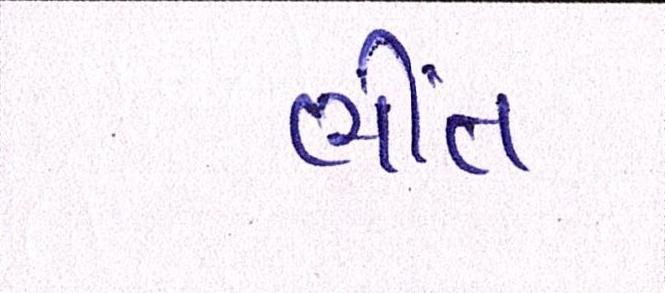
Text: ભીંત